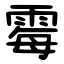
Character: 霉